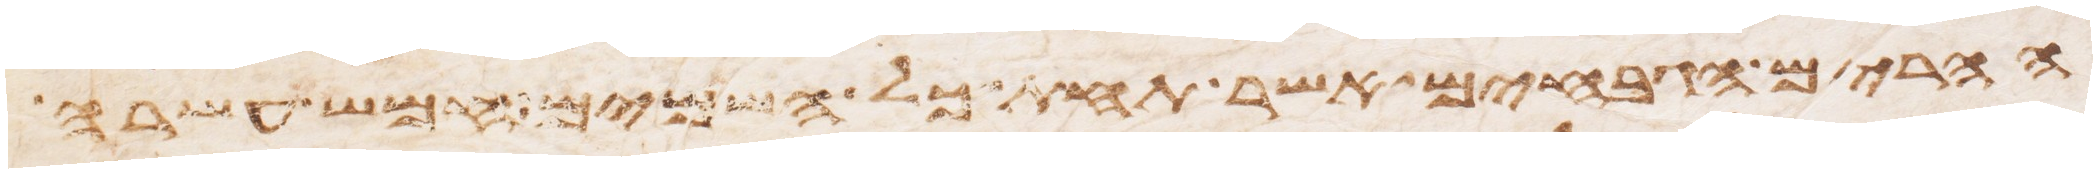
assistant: ההרים הגבחים אשר תחת כל השמים חמש עשרה